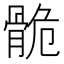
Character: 𩨾